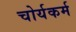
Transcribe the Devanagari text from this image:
चोर्यकर्म